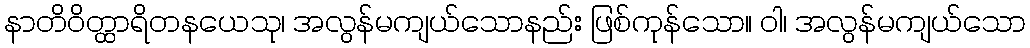
နာတိဝိတ္ထာရိတနယေသု၊ အလွန်မကျယ်သောနည်း ဖြစ်ကုန်သော။ ဝါ၊ အလွန်မကျယ်သော